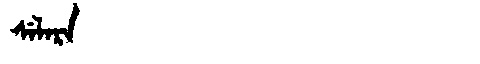
Manchu: ᠰᡝᠯᠠᡵᠠ
Romanization: SELARA